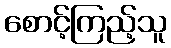
စောင့်ကြည့်သူ